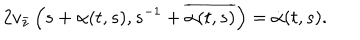
LaTeX: 2 v _ { \bar { z } } \left( s + \alpha ( t , s ) , s ^ { - 1 } + \overline { { { \alpha ( t , s ) } } } \right) = \dot { \alpha } ( t , s ) .